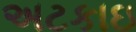
અટકાઇ